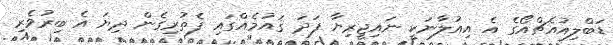
ޑަބްލިއުއެޗްއޯޯގެ އެ އިއުލާނަކީ ނައިޖީރިޔާ ފަދަ ޤައުމެއްގައި ފެތުރިގެން ދިޔަ އެ ބިރުވެރި